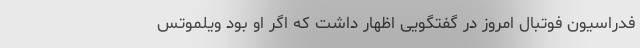
فدراسیون فوتبال امروز در گفتگویی اظهار داشت که اگر او بود ویلموتس